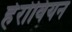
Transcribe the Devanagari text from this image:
हेरोवियन